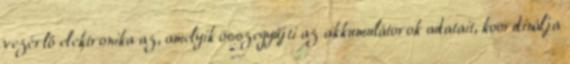
vezérlő elektronika az, amelyik összegyűjti az akkumulátorok adatait, koordinálja